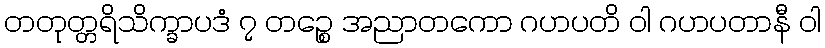
တတုတ္တရိသိက္ခာပဒံ ၇ တဉ္စေ အညာတကော ဂဟပတိ ဝါ ဂဟပတာနီ ဝါ